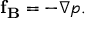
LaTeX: \mathbf { f _ { B } } = - \nabla p .